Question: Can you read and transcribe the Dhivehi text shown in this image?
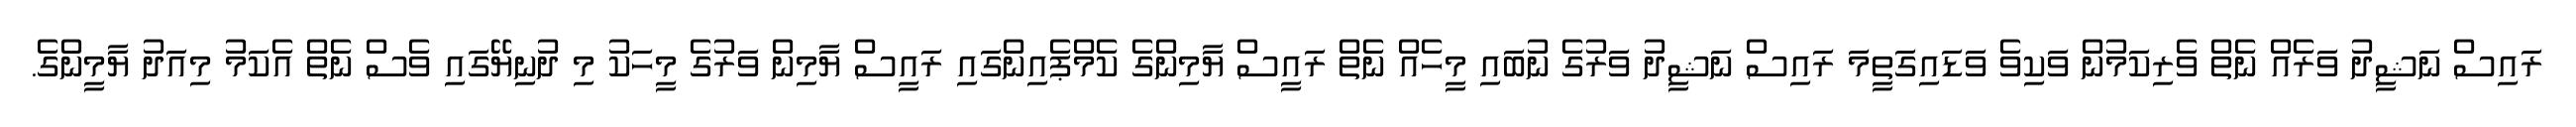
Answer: ރައިސް ނަޝީދު ވަރެއް ނެތް ވެރިކަމުން ވަކިވެ ވަޑައިގަތީމަ ރައިސް ނަޝީދު ވަރުގެ ނުބައި މީހެއް ނެތް ރައީސް ޔާމިންގެ ކެމްޕެއިންގައި ރައީސް ޔާމިން ވަރުގެ މީހަކު މި ދުނިޔޭގައި ވެސް ނެތް އެކަމު މިއަދު ޔާމީންގެ.